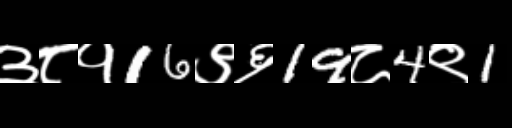
Text: ३८१16९६19८4९1